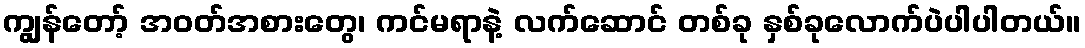
ကျွန်တော့် အဝတ်အစားတွေ၊ ကင်မရာနဲ့ လက်ဆောင် တစ်ခု နှစ်ခုလောက်ပဲပါပါတယ်။